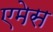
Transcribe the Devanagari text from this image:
एमेस